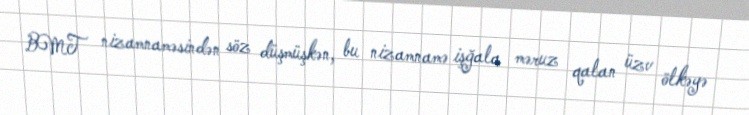
BMT nizamnaməsindən söz düşmüşkən, bu nizamnamə işğala məruz qalan üzv ölkəyə